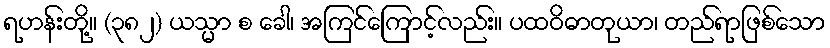
ရဟန်းတို့။ (၃၈၂) ယသ္မာ စ ခေါ၊ အကြင်ကြောင့်လည်း။ ပထဝိဓာတုယာ၊ တည်ရာဖြစ်သော